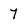
Character: 7